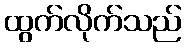
ထွက်လိုက်သည်